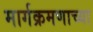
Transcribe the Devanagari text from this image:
मार्गक्रमणाच्या